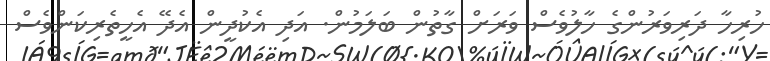
ހުރިހާ ދަރިވަރުންގެ ހާލުވެސް ވަރަށް ގާތުން ބަލަމުން. އަދި އެކުދީން އެދޭ އެހީތެރިކަންވެސް